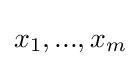
x_{1},...,x_{m}